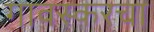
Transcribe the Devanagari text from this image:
गावस्करचा